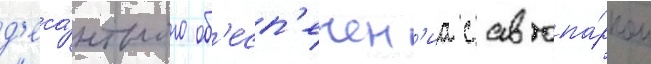
д'еса́нтного об'есп'ечен'иа с автопа́рком